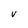
Character: v